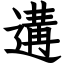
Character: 遘